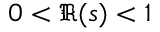
0 < \Re ( s ) < 1